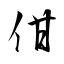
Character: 佄